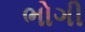
ભોગી